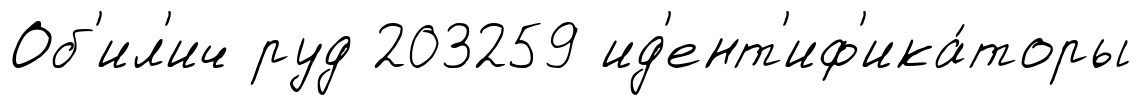
Об'ил'ич руд 203259 ид'ент'иф'ика́торы